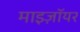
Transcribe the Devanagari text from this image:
माइज़ॉयर